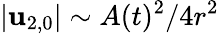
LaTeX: \vert\mathbf{u}_{2,0}\vert\sim A(t)^{2}/4r^{2}